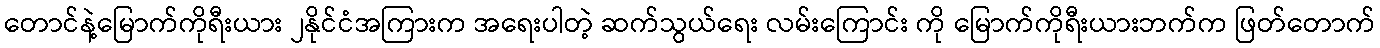
တောင်နဲ့မြောက်ကိုရီးယား ၂နိုင်ငံအကြားက အရေးပါတဲ့ ဆက်သွယ်ရေး လမ်းကြောင်း ကို မြောက်ကိုရီးယားဘက်က ဖြတ်တောက်